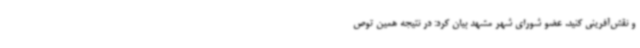
و نقش‌آفرینی کنید. عضو شورای شهر مشهد بیان کرد: در نتیجه همین توص